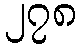
၂၇၈